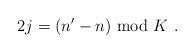
LaTeX: \begin{align*} 2j=(n^\prime -n ){}~{\rm mod}{}~K{}~.\end{align*}